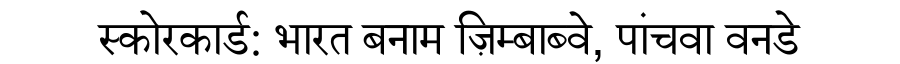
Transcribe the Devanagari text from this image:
स्कोरकार्ड: भारत बनाम ज़िम्बाब्वे, पांचवा वनडे